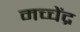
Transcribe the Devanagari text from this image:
मच्चेंद्र